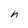
Character: h